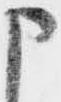
申